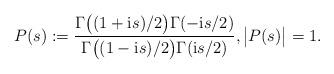
LaTeX: \begin{align*} P(s):= \frac{\Gamma\big((1 +\mathrm is)/2\big)\Gamma(-\mathrm is/2)}{\Gamma\big((1 -\mathrm is)/2\big)\Gamma(\mathrm is/2)}, \big|P(s)\big| =1.\end{align*}